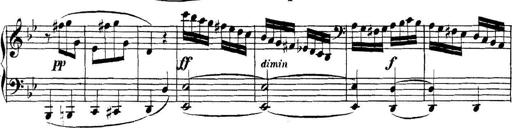
Title: Collected Piano Sonatas
Composer: Muzio Clementi